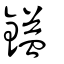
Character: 鎰